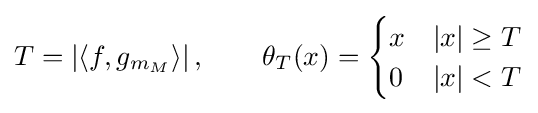
T=\left|\left\langle f,g_{m_{M}}\right\rangle \right|,\qquad \theta _{T}(x)={\begin{cases}x&|x|\geq T\\0&|x|<T\end{cases}}